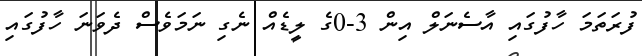
ފުރަތަމަ ހާފުގައި އާސެނަލް އިން 3-0ގެ ލީޑެއް ނެގި ނަމަވެސް ދެވަނަ ހާފުގައި